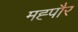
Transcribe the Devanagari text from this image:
मह्पौर